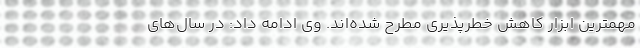
مهمترین ابزار کاهش خطرپذیری مطرح شده‌اند. وی ادامه داد: در سال‌های